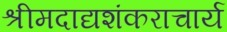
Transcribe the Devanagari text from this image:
श्रीमदाद्यशंकराचार्य